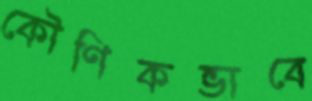
কৌণিকভাবে